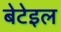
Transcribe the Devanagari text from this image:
बेटेइल